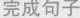
完成句子